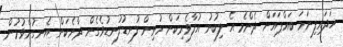
ހަދައިފިނަމަ ބައްޕައަށް ދެންމެ އެ ލިބުނު އުފާވެރިކަން މުޅިން ފުނޑުފުނޑުވެގެން ދާނެކަން އެނގުންވުމުން